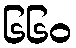
၆၆၀